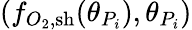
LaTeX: (f_{O_{2},\mathrm{{sh}}}(\theta_{P_{i}}),\theta_{P_{i}})